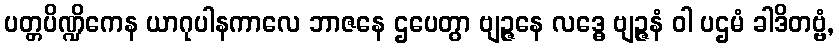
ပတ္တပိဏ္ဍိကေန ယာဂုပါနကာလေ ဘာဇနေ ဌပေတွာ ဗျဉ္ဇနေ လဒ္ဓေ ဗျဉ္ဇနံ ဝါ ပဌမံ ခါဒိတဗ္ဗံ,